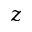
z